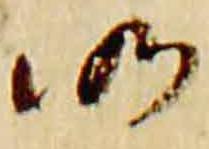
仍